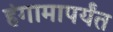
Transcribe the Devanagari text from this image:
हंगामापर्यंत